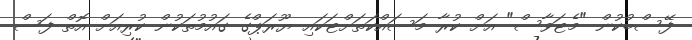
ފޭސްބުކުން "މެޓަވާސް" އަށް ކުރާ މަސައްކަތަށްޓަކައި ޔޫރަޕްގެ ގައުމުތަކުން ކުރިއަށް އޮތް ފަސް